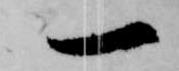
一